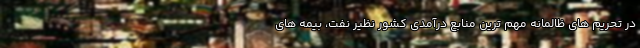
در تحریم های ظالمانه مهم ترین منابع درآمدی کشور نظیر نفت، بیمه های